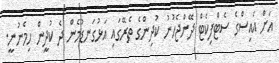
އަށް އައިސްގެ ސެޓްފިކެޓް ދޭންޖެހުނު ކުދިންގެ ތެރޭގައި އަޅުގަނޑުމެން ދެ ކުދީން ހިމެނުނީ.